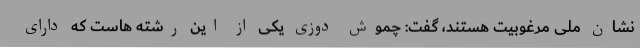
نشان ملی مرغوبیت هستند، گفت: چموش دوزی یکی از این رشته هاست که دارای